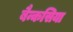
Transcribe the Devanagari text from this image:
बैन्कसिया